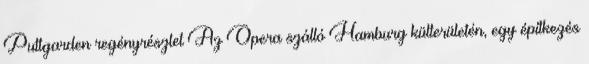
Puttgarden regényrészlet Az Opera szálló Hamburg külterületén, egy építkezés